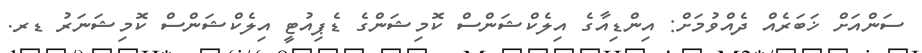
ސަންއަށް ޚަބަރެއް ދެއްވުމަށް: އިންޑިއާގެ އިލެކްޝަންސް ކޮމިޝަންގެ ޑެޕިއުޓީ އިލެކްޝަންސް ކޮމިޝަނަރު ޑރ.